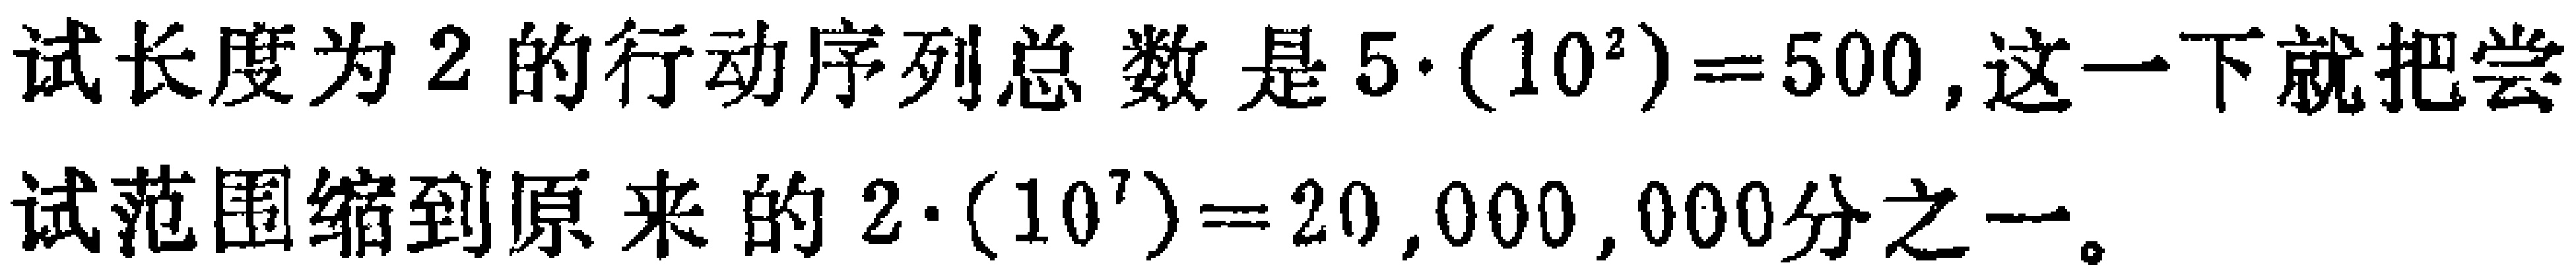
试长度为2的行动序列总数是$5\cdot(10^{2}) = 500$, 这一下就把尝
试范围缩到原来的$2\cdot(10^{7}) = 20,000,000分之一。$